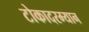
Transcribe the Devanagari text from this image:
टोकादरम्यान